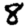
Digit: 8